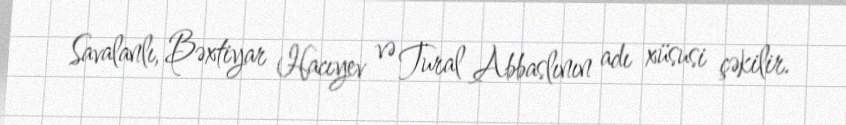
Savalanlı, Bəxtiyar Hacıyev və Tural Abbaslının adı xüsusi çəkilir.